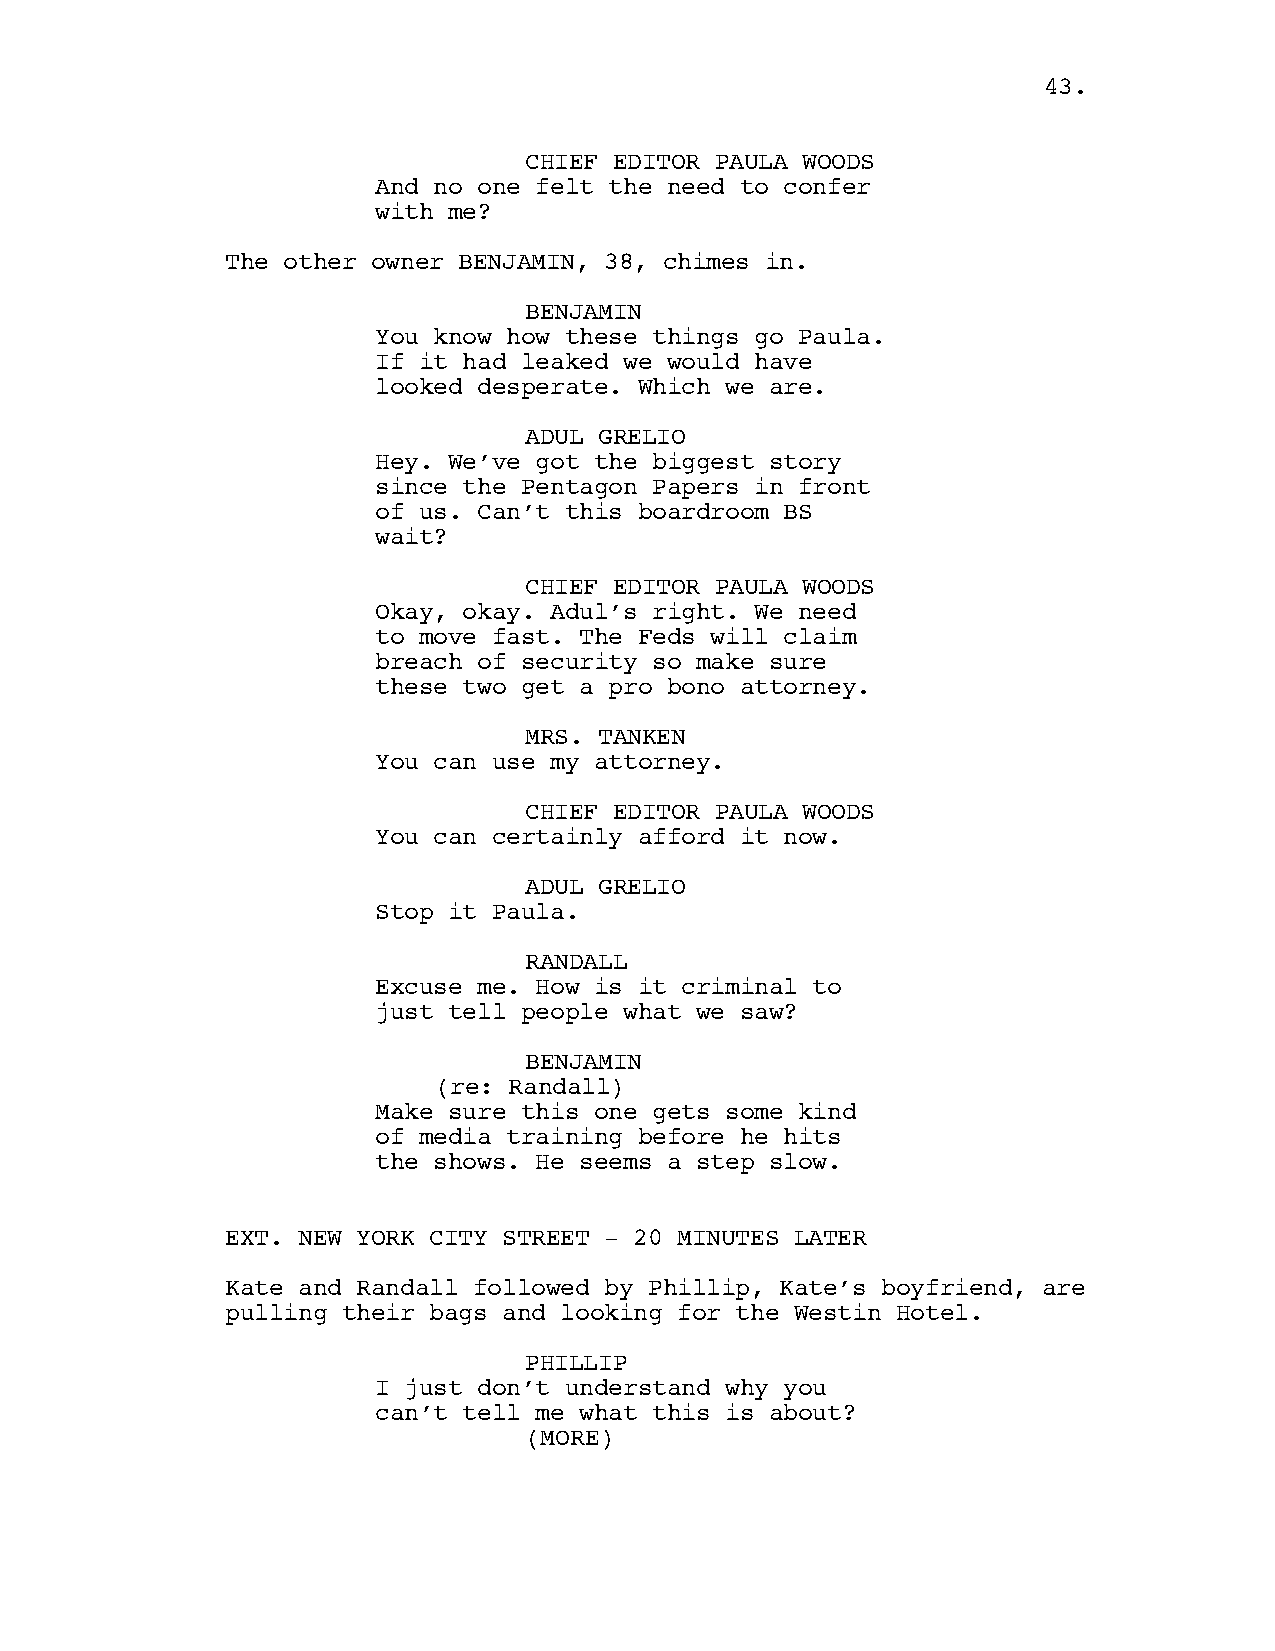
4433..
 CHIEF EDITOR PAULA WOODS
 And no one felt the need to confer
 with me?
 The other owner BENJAMIN, 38, chimes in.
 BENJAMIN
 You know how these things go Paula.
 If it had leaked we would have
 looked desperate. Which we are.
 ADUL GRELIO
 Hey. We’ve got the biggest story
 since the Pentagon Papers in front
 of us. Can’t this boardroom BS
 wait?
 CHIEF EDITOR PAULA WOODS
 Okay, okay. Adul’s right. We need
 to move fast. The Feds will claim
 breach of security so make sure
 these two get a pro bono attorney.
 MRS. TANKEN
 You can use my attorney.
 CHIEF EDITOR PAULA WOODS
 You can certainly afford it now.
 ADUL GRELIO
 Stop it Paula.
 RANDALL
 Excuse me. How is it criminal to
 just tell people what we saw?
 BENJAMIN
 (re: Randall)
 Make sure this one gets some kind
 of media training before he hits
 the shows. He seems a step slow.
 EXT. NEW YORK CITY STREET - 20 MINUTES LATER
 Kate and Randall followed by Phillip, Kate’s boyfriend, are
 pulling their bags and looking for the Westin Hotel.
 PHILLIP
 I just don’t understand why you
 can’t tell me what this is about?
 ((MMOORREE))